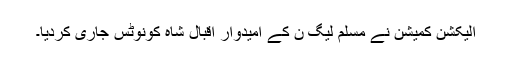
الیکشن کمیشن نے مسلم لیگ ن کے امیدوار اقبال شاہ کونوٹس جاری کردیا۔